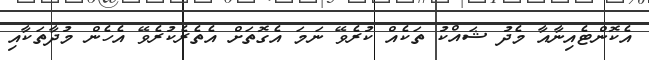
އެކޮންޓެއިނާއާ މެދު ޝައްކު ތަކެއް ކުރެވޭ ނަމަ އެގޮތަށް އެތެރެކުރެވޭ އެހެން މުދާތަކާއި